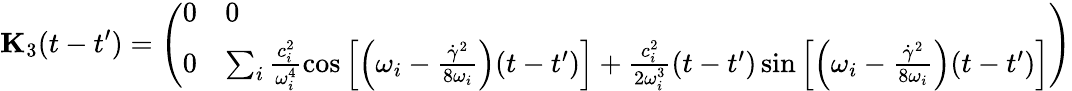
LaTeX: \mathbf{{K}}_{3}(t-t^{\prime})=\left(\begin{array}{ll}{0}&{0}\\ {0}&{\sum_{i}\frac{c_{i}^{2}}{\omega_{i}^{4}}\cos\left[\Bigl(\omega_{i}-\frac{\dot{\gamma}^{2}}{8\omega_{i}}\Bigr)(t-t^{\prime})\right]+\frac{c_{i}^{2}}{2\omega_{i}^{3}}(t-t^{\prime})\sin\left[\Bigl(\omega_{i}-\frac{\dot{\gamma}^{2}}{8\omega_{i}}\Bigr)(t-t^{\prime})\right]}\end{array}\right)